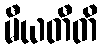
မီယတီတိ